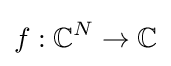
f:\mathbb {C} ^{N}\to \mathbb {C}